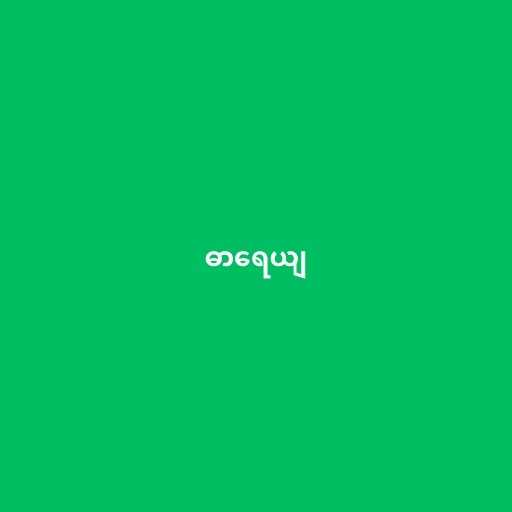
ဓာရေယျ